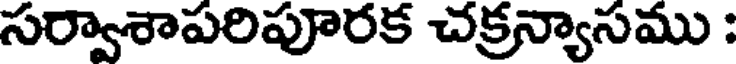
సర్వాశాపరిపూరక చక్రన్యాసము :